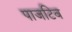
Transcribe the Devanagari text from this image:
पाजटिव